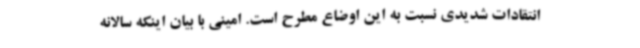
انتقادات شدیدی نسبت به این اوضاع مطرح است. امینی با بیان اینکه سالانه